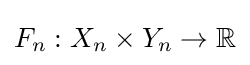
F_{n}:X_{n}\times Y_{n}\rightarrow \mathbb {R}